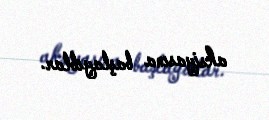
aksiyasına başlayıblar.